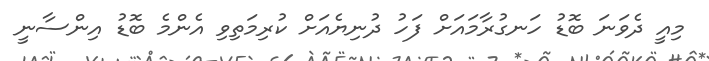
މިއީ ދެވަނަ ބޮޑު ހަނގުރާމައަށް ފަހު ދުނިޔެއަށް ކުރިމަތިވި އެންމެ ބޮޑު އިންސާނީ